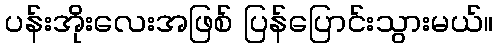
ပန်းအိုးလေးအဖြစ် ပြန်ပြောင်းသွားမယ်။